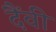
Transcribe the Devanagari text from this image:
दैंवी